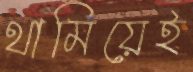
থামিয়েই